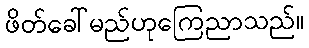
ဖိတ်ခေါ်မည်ဟုကြေညာသည်။